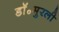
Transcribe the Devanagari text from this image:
डॉ॰मुरली